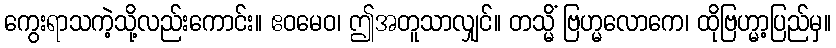
ကွေးရာသကဲ့သို့လည်းကောင်း။ ဧဝမေဝ၊ ဤအတူသာလျှင်။ တသ္မိံ ဗြဟ္မလောကေ၊ ထိုဗြဟ္မာ့ပြည်မှ။